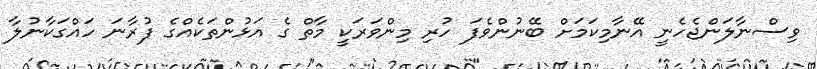
ވިސްނާލަންޖެހެނީ އޭނާމިކަމަށް ބޭނުންވެފަ ހުރި މިންވަރަކީ މާތް ގެ އަޅުންތަކެއްގެ ފުރާނަ ހައްގަކާނުލާ